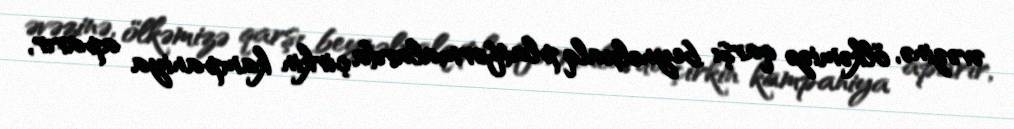
əvəzinə, ölkəmizə qarşı beynəlxalq platformalarda çirkin kampaniya aparır,